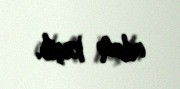
adam keçib.